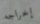
إخراجه